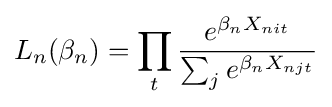
L_{n}(\beta _{n})=\prod _{t}{\frac {e^{\beta _{n}X_{nit}}}{\sum _{j}e^{\beta _{n}X_{njt}}}}